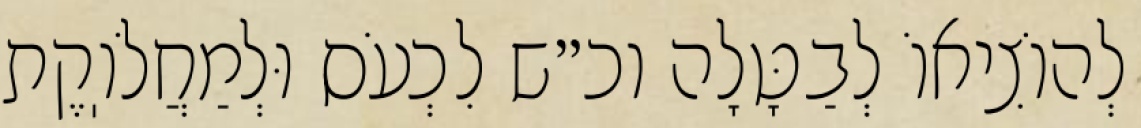
לְהוֹצִיאוֹ לְבַטָּלָה וכ״ש לִכְעֹס וּלְמַחֲלֹוֽקֶת